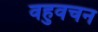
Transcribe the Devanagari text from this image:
वहुवचन